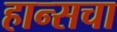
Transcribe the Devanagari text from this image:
हान्सचा